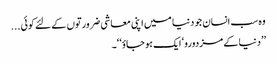
وہ سب انسان جو دنیا میں اپنی معاشی ضرورتوں کے لئے کوئی ...
’’دنیا کے مزدورو‘ ایک ہو جاؤ‘ ‘۔